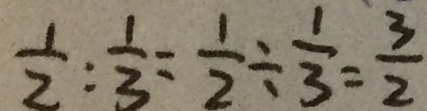
\frac { 1 } { 2 } : \frac { 1 } { 3 } = \frac { 1 } { 2 } \div \frac { 1 } { 3 } = \frac { 3 } { 2 }